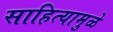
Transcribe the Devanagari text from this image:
साहित्यामुळे